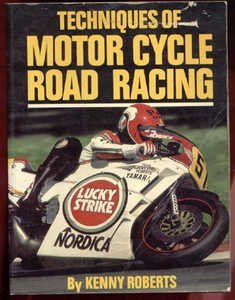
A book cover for Techniques of Motor Cycle Road Racing; Kenny Roberts; Sports & Outdoors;